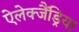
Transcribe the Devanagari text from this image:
ऐलेक्जैंड्रिया